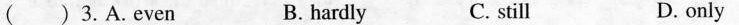
() 3.A.even B. hardly C. still D. only